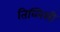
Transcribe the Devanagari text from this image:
तिब्लिसी